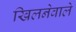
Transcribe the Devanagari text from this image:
खिलनेवाले